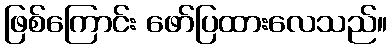
ဖြစ်ကြောင်း ဖော်ပြထားလေသည်။